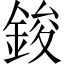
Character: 鋑